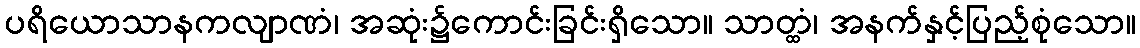
ပရိယောသာနကလျာဏံ၊ အဆုံး၌ကောင်းခြင်းရှိသော။ သာတ္ထံ၊ အနက်နှင့်ပြည့်စုံသော။